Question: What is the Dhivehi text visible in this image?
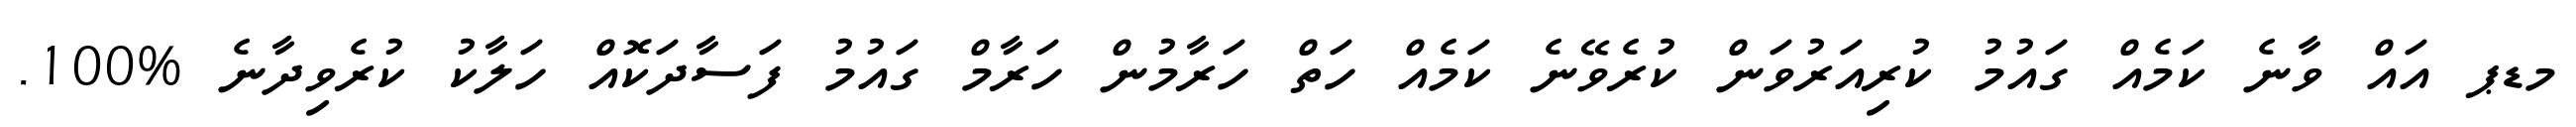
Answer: މޑޕ އައް ވާނެ ކަމެއް ގައުމު ކުރިއަރުވަން ކުރެވޭނެ ކަމެއް ހަތް ހަރާމުން ހަރާމް ގައުމު ފަސާދަކޮއް ހަލާކު ކުރެވިދާނެ %100.